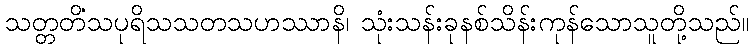
သတ္တတိံသပုရိသသတသဟဿာနိ၊ သုံးသန်းခုနစ်သိန်းကုန်သောသူတို့သည်။